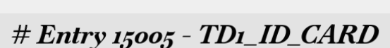
# Entry 15005 - TD1_ID_CARD